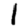
Digit: 1